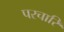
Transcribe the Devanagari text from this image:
परचारि